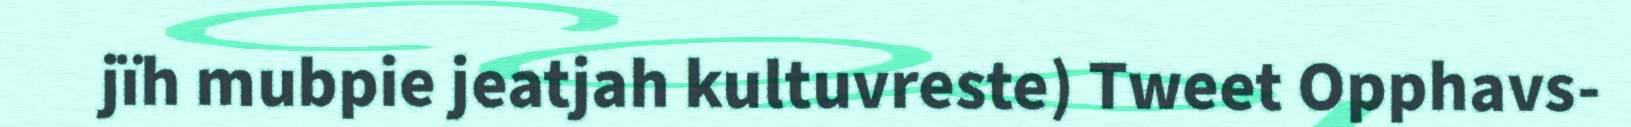
jïh mubpie jeatjah kultuvreste) Tweet Opphavs-